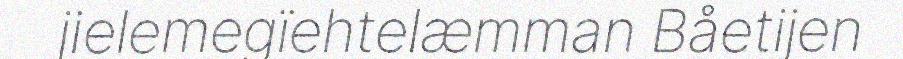
jielemegïehtelæmman Båetijen